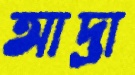
আদ্রা